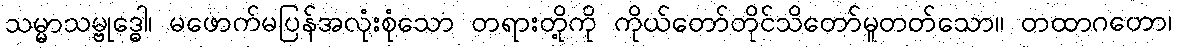
သမ္မာသမ္ဗုဒ္ဓေါ၊ မဖောက်မပြန်အလုံးစုံသော တရားတို့ကို ကိုယ်တော်တိုင်သိတော်မူတတ်သော။ တထာဂတော၊